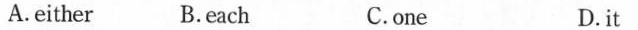
A.either B.each C.one D.it